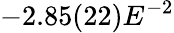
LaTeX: -2.85(22)E^{-2}